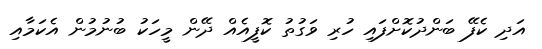
އަދި ކެފޭ ބަންދުކޮށްފައި ހުރި ވަގުތު ކޮފީއެއް ދޭން މީހަކު ބުނުމުން އެކަމާއި